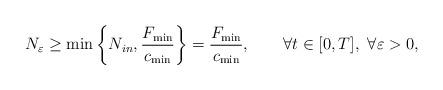
LaTeX: \begin{align*}N_\varepsilon \ge \min\left\{N_{in},\frac{F_{\min}}{c_{\min}}\right\}=\frac{F_{\min}}{c_{\min}} ,\qquad\forall t\in[0,T],\ \forall\varepsilon>0,\end{align*}